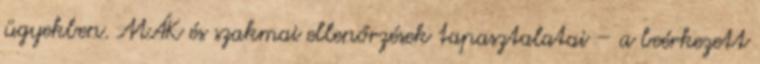
ügyekben. MÁK és szakmai ellenőrzések tapasztalatai – a beérkezett